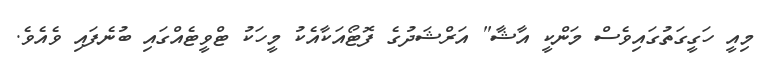
މިއީ ހަގީގަތުގައިވެސް މަންކީ އާޝާ" އަރްޝަދުގެ ފޮޓޯއަކާއެކު މީހަކު ޓްވީޓެއްގައި ބުނެފައި ވެއެވެ.